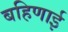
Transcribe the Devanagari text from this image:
बहिणाई